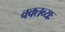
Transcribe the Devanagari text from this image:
वक्तव्यः